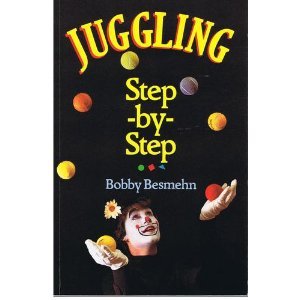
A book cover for Juggling Step-By-Step; Bobby Besmehn; Sports & Outdoors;